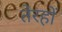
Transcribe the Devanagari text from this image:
तेरहों